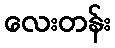
လေးတန်း